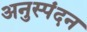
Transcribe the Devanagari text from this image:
अनुस्पंदन